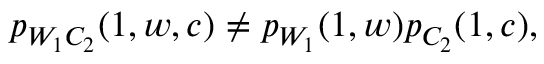
\begin{array} { r } { p _ { W _ { 1 } C _ { 2 } } ( 1 , w , c ) \neq p _ { W _ { 1 } } ( 1 , w ) p _ { C _ { 2 } } ( 1 , c ) , } \end{array}